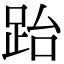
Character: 跆